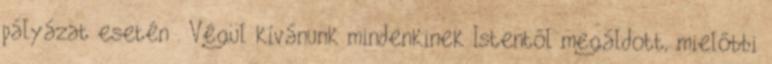
pályázat esetén . Végül kívánunk mindenkinek Istentől megáldott, mielőbbi